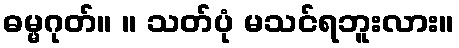
ဓမ္မဂုတ်။ ။ သတ်ပုံ မသင်ရဘူးလား။